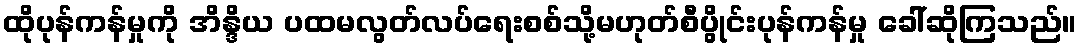
ထိုပုန်ကန်မှုကို အိန္ဒိယ ပထမလွတ်လပ်ရေးစစ်သို့မဟုတ်စီပွိုင်းပုန်ကန်မှု ခေါ်ဆိုကြသည်။